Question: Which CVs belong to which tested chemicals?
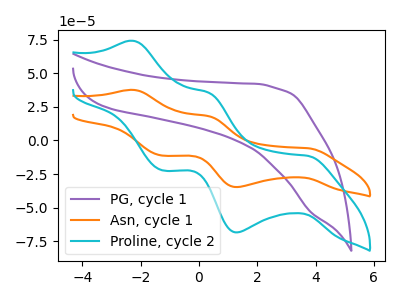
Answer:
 <answer>The purple curve is labeled "PG, cycle 1". The orange curve is labeled "Asn, cycle 1". The cyan curve is labeled "Proline, cycle 2".</answer>
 <eval></eval>